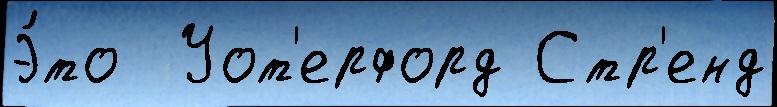
Э́то  Уот'ерфорд Стр'енд